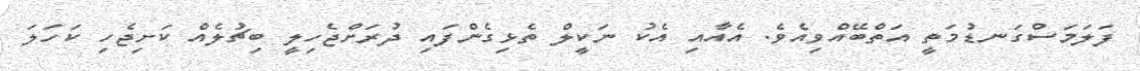
ފަލަމަސްގަނޑުމަތީ އަތްބޭއްވިއެވެ. އެއާއި އެކު ނަކީލް ތެޅިގެންފައި ދުރަށްޖެހިލީ ބިޗުލެއް ކަށިޖެހި ކަހަލަ